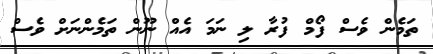
ތަމެން ވެސް ފޯމް ފުރާ ލި ނަމަ އެއް ނޫން ތަމެންނަށް ވެސް